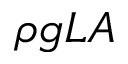
\rho g L A